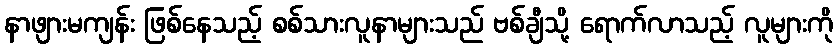
နာဖျားမကျန်း ဖြစ်နေသည့် စစ်သားလူနာများသည် ဗစ်ချီသို့ ရောက်လာသည့် လူများကို